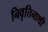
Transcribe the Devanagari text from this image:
निवृत्तिनाथी